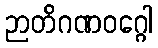
ဉာတိဂဏဝဂ္ဂေါ